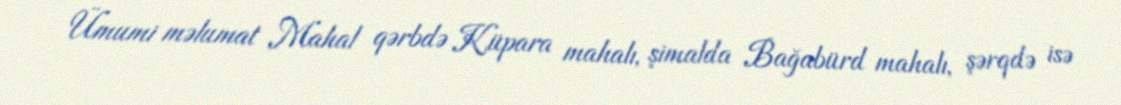
Ümumi məlumat Mahal qərbdə Küpara mahalı, şimalda Bağabürd mahalı, şərqdə isə